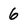
Character: 6